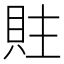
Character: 䝬